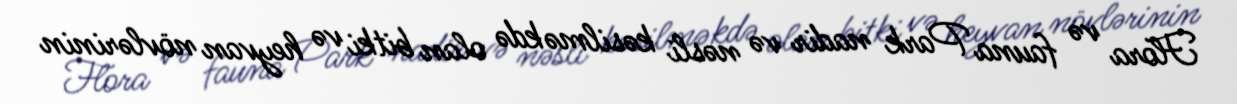
Flora və fauna Park nadir və nəsli kəsilməkdə olan bitki və heyvan növlərinin